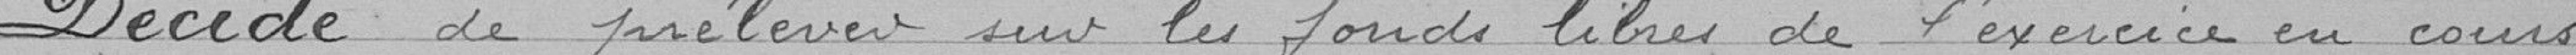
Décide de prélever sur les fonds libres de l'exercice en cours